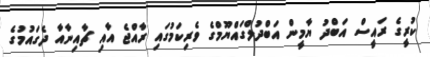
ކުރީގެ ރައީސް އަބްދު ޔާމީން އަބްދުލްގައްޔޫމްގެ ވެރިކަމުގައި ރާއްޖެ އާއި ޗާއިނާއާ ދެގައުމުގެ